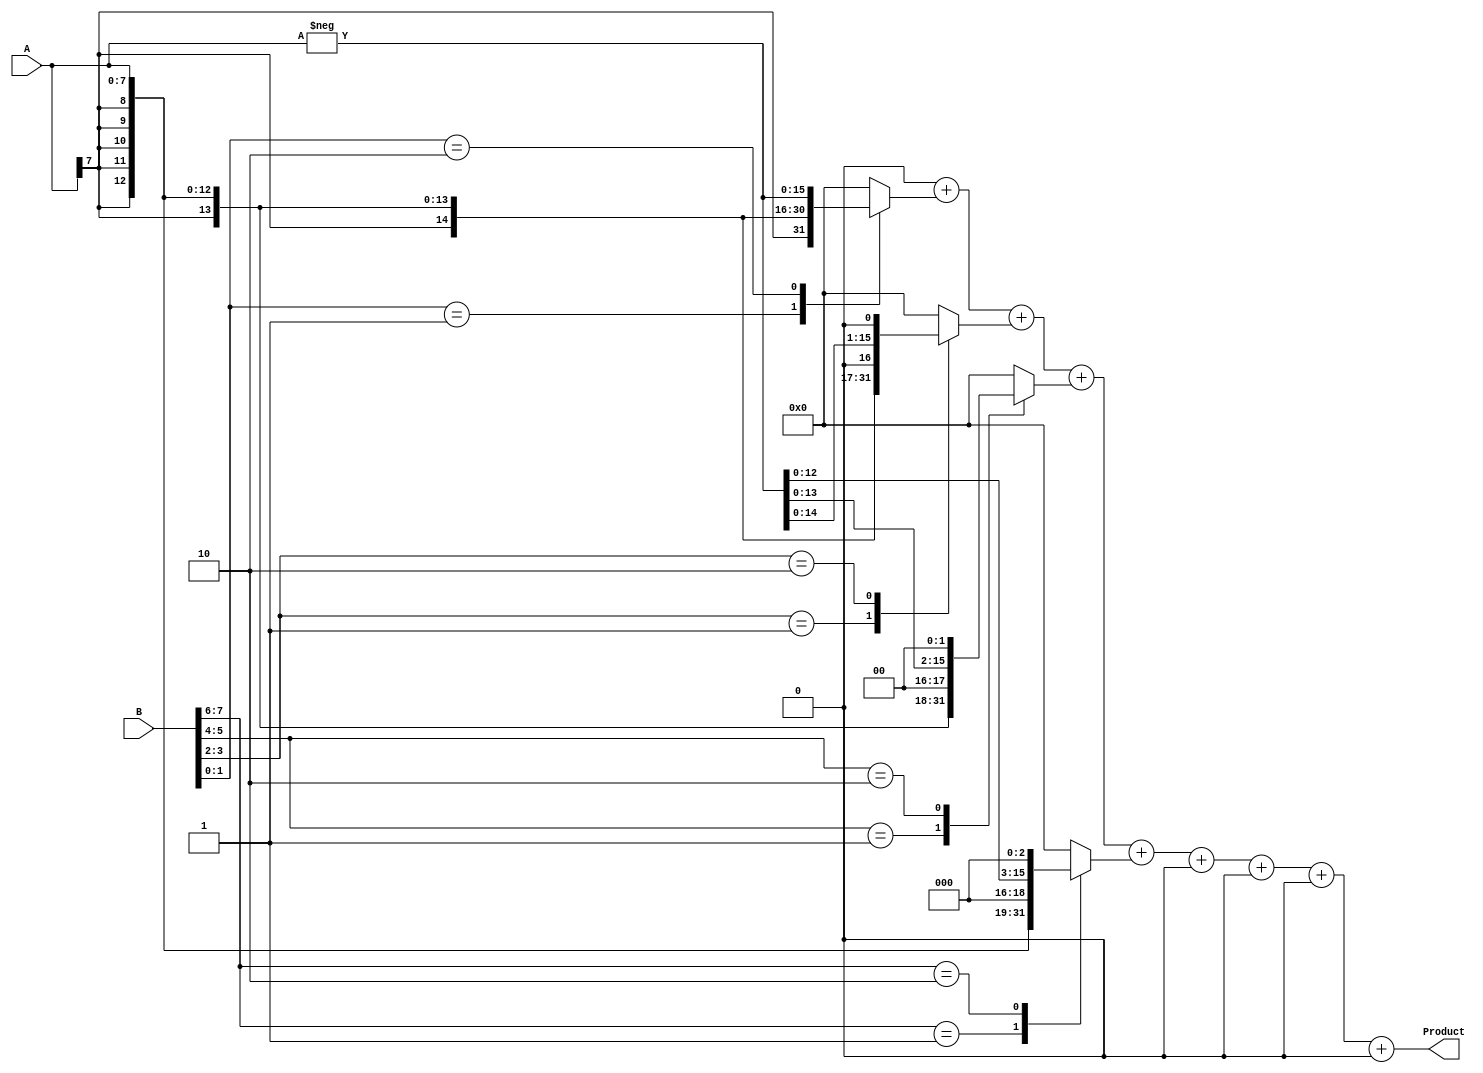
module csd_multiplier #(parameter A_WIDTH = 8, B_WIDTH = 8)(
    input signed [A_WIDTH-1:0] A,
    input signed [B_WIDTH-1:0] B,
    output signed [(A_WIDTH + B_WIDTH)-1:0] Product
);

    // Calculate the maximum width of the product
    localparam P_WIDTH = A_WIDTH + B_WIDTH;

    // Partial products array
    reg signed [P_WIDTH-1:0] pp [0:2**B_WIDTH-1];
    
    integer i;
    reg signed [P_WIDTH-1:0] partialSum;

    // Generate partial products based on CSD encoding
    always @(*) begin
        // Initialize the partial sum
        partialSum = 0;

        // Loop through each bit of B to generate partial products
        for (i = 0; i < B_WIDTH; i = i + 1) begin
            case (B[i * 2 +: 2]) // Take two bits for each CSD digit
                2'b01: pp[i] = A << i;          // CSD digit 1
                2'b10: pp[i] = -A << i;         // CSD digit -1
                default: pp[i] = 0;              // CSD digit 0
            endcase

            // Accumulate the partial products
            partialSum = partialSum + pp[i];
        end
    end

    // Assign the accumulated result to Product
    assign Product = partialSum;

endmodule